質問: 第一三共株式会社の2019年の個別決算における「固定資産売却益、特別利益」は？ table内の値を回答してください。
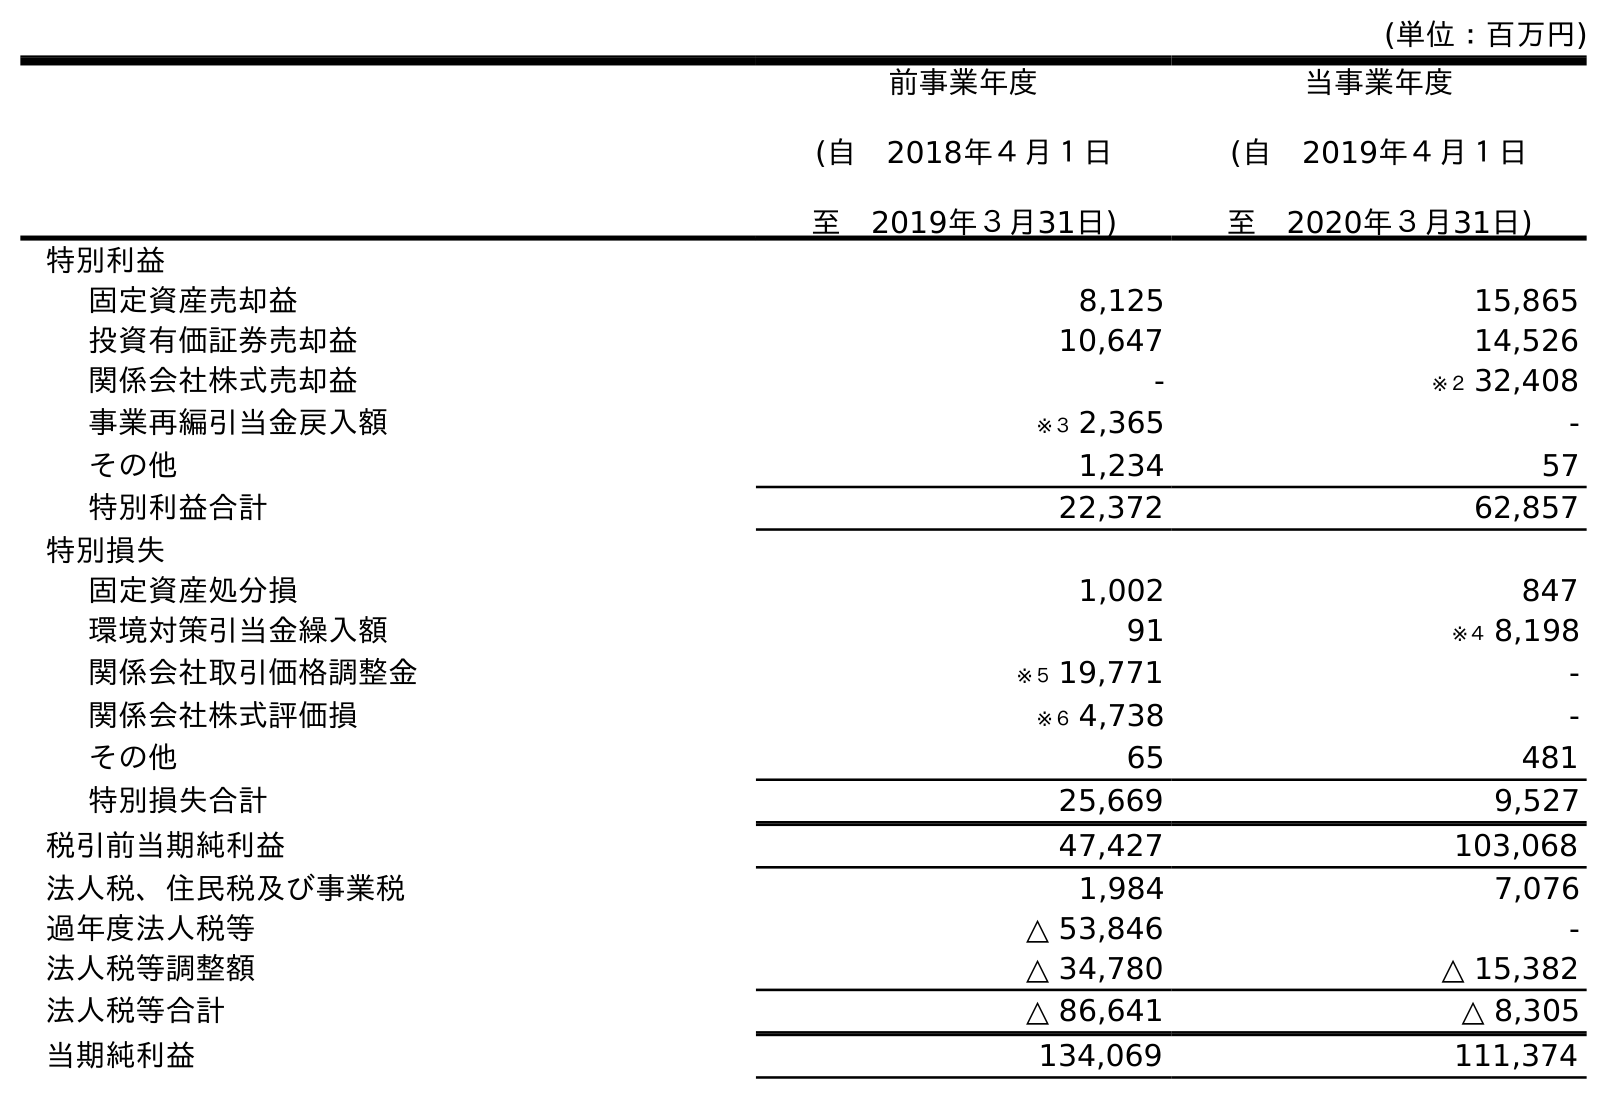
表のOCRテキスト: (単位：百万円) 前事業年度 (自 2018年４月１日 至 2019年３月31日) 当事業年度 (自 2019年４月１日 至 2020年３月31日) 特別利益 固定資産売却益 8,125 15,865 投資有価証券売却益 10,647 14,526 関係会社株式売却益 - ※２ 32,408 事業再編引当金戻入額 ※３ 2,365 - その他 1,234 57 特別利益合計 22,372 62,857 特別損失 固定資産処分損 1,002 847 環境対策引当金繰入額 91 ※４ 8,198 関係会社取引価格調整金 ※５ 19,771 - 関係会社株式評価損 ※６ 4,738 - その他 65 481 特別損失合計 25,669 9,527 税引前当期純利益 47,427 103,068 法人税、住民税及び事業税 1,984 7,076 過年度法人税等 △ 53,846 - 法人税等調整額 △ 34,780 △ 15,382 法人税等合計 △ 86,641 △ 8,305 当期純利益 134,069 111,374
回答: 8,125